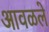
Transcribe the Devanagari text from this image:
आवळले